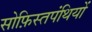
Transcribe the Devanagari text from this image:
सोफ़िस्तपंथियों